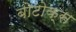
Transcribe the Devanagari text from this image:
बोटोक्स